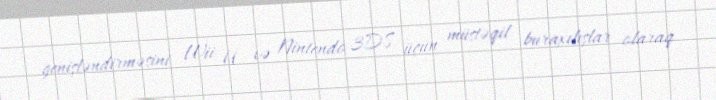
genişləndirməsini Wii U və Nintendo 3DS üçün müstəqil buraxılışlar olaraq